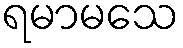
ရမာမသေ